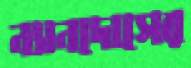
ন্যানদোসের